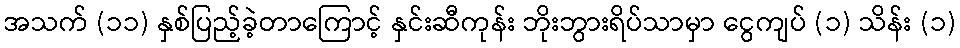
အသက် (၁၁) နှစ်ပြည့်ခဲ့တာကြောင့် နှင်းဆီကုန်း ဘိုးဘွားရိပ်သာမှာ ငွေကျပ် (၁) သိန်း (၁)